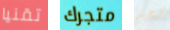
تقنيا متجرك ليجد